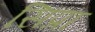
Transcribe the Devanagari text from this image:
सिप्रा